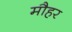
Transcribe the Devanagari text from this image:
मौहर